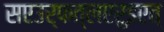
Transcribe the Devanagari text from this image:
सएउर्फत्लएरुइएत्